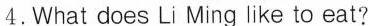
4.What does Li Ming like to eat?